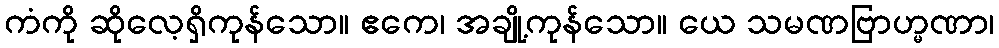
ကံကို ဆိုလေ့ရှိကုန်သော။ ဧကေ၊ အချို့ကုန်သော။ ယေ သမဏဗြာဟ္မဏာ၊